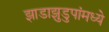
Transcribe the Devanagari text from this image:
झाडाझुडुपांमध्ये